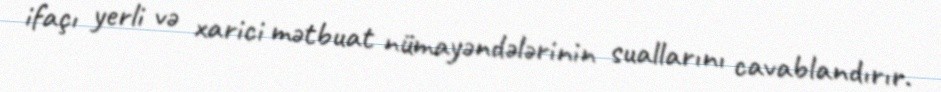
ifaçı yerli və xarici mətbuat nümayəndələrinin suallarını cavablandırır.